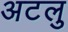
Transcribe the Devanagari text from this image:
अटलु